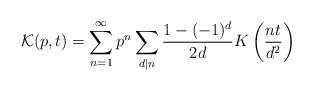
\begin{align*}\mathcal{K}(p,t)=\sum _{n=1}^{\infty }p^{n}\sum _{d|n}\frac{1-(-1)^{d}}{2d}K\left( \frac{nt}{d^{2}}\right)\end{align*}